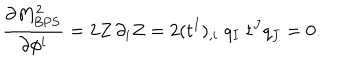
{ \frac { \partial M _ { \mathrm { B P S } } ^ { 2 } } { \partial \phi ^ { i } } } = 2 Z \, \partial _ { i } Z = 2 ( t ^ { I } ) _ { , i } \; q _ { I } \; t ^ { J } q _ { J } = 0 .